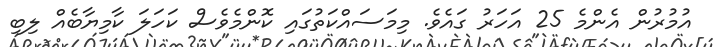
އުމުރުން އެންމެ 25 އަހަރު ގައެވެ. މިމަސައްކަތުގައި ކޮންމެވެސް ކަހަލަ ކާމިޔާބެއް ލިބި